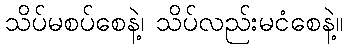
သိပ်မစပ်စေနဲ့၊ သိပ်လည်းမငံစေနဲ့။